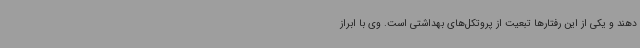
دهند و یکی از این رفتارها تبعیت از پروتکل‌های بهداشتی است. وی با ابراز